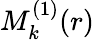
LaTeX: M_{k}^{(1)}(r)